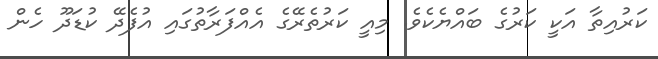
ކަރުއިތާ އަކީ ކަރުގެ ބައްޔެކެވެ. މިއީ ކަރުތެރޭގެ އެއްފަރާތުގައި އުފެދޭ ކުޑަދޫ ހެން